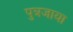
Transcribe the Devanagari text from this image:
पुत्रजाया